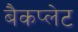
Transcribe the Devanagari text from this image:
बैकप्लेट